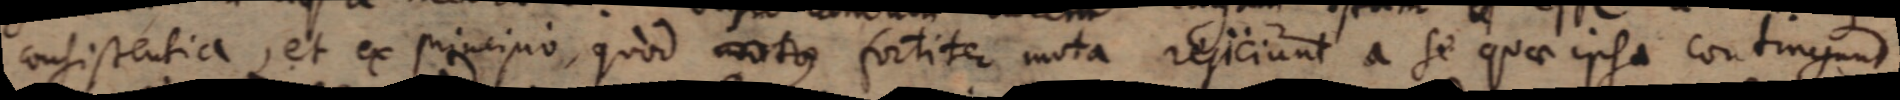
consistentia, et ex principio, quod motus fortiter mota rejiciunt a se quae ipsa contingunt